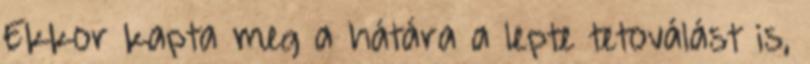
Ekkor kapta meg a hátára a lepte tetoválást is,